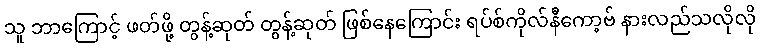
သူ ဘာကြောင့် ဖတ်ဖို့ တွန့်ဆုတ် တွန့်ဆုတ် ဖြစ်နေကြောင်း ရပ်စ်ကိုလ်နီကော့ဗ် နားလည်သလိုလို